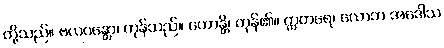
တို့သည်။ ဗလဝန္တော၊ ကုန်သည်။ ဟောန္တိ၊ ကုန်၏။ ဣတရေ၊ လောဘ အဒေါသ